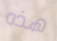
هذه